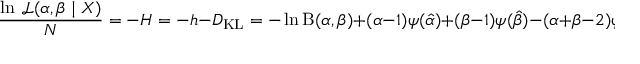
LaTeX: { \frac { \ln \, { \mathcal { L } } ( \alpha , \beta \mid X ) } { N } } = - H = - h - D _ { \mathrm { K L } } = - \ln \mathrm { B } ( \alpha , \beta ) + ( \alpha - 1 ) \psi ( { \hat { \alpha } } ) + ( \beta - 1 ) \psi ( { \hat { \beta } } ) - ( \alpha + \beta - 2 ) \psi ( { \hat { \alpha } } + { \hat { \beta } } )